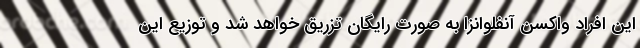
این افراد واکسن آنفلوانزا به صورت رایگان تزریق خواهد شد و توزیع این